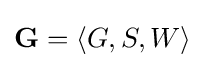
\mathbf {G} =\langle G,S,W\rangle